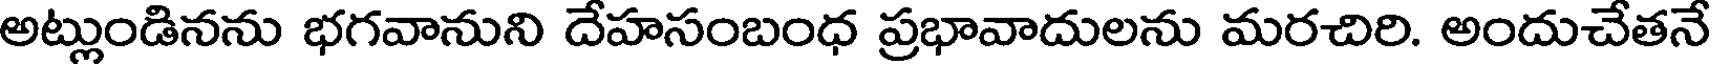
అట్లుండినను భగవానుని దేహసంబంధ ప్రభావాదులను మరచిరి. అందుచేతనే